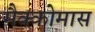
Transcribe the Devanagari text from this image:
मैक्कोमास